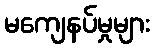
မကျေနပ်မှုများ